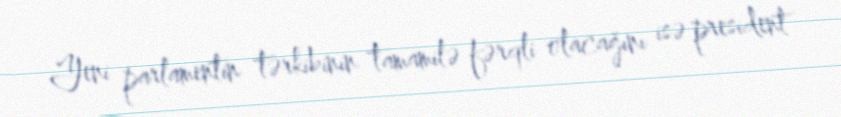
Yeni parlamentin tərkibinin tamamilə fərqli olacağını isə president